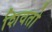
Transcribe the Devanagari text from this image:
शिवतो